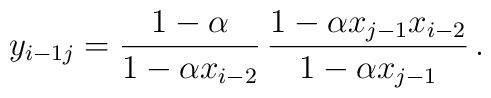
y_{i-1j} = \frac{1-\alpha}{1-\alpha x_{i-2}}\,	\frac{1-\alpha x_{j-1} x_{i-2}}{1-\alpha x_{j-1}}\,.